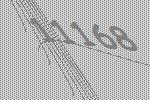
11168